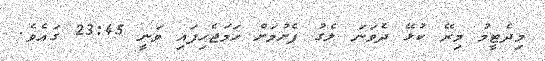
މިދެޓީމު މިރޭ ކުޅޭ ދެވަނަ ލެގު ފެށުމަށް ހަމަޖެހިފައި ވަނީ 23:45 ގައެވެ.